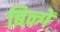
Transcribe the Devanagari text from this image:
बिन्गें